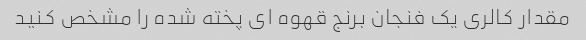
مقدار کالری یک فنجان برنج قهوه ای پخته شده را مشخص کنید